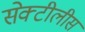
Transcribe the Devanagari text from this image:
सेक्टीलीस